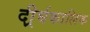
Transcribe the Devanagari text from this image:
दीर्र्घकालिक